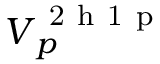
\boldsymbol { V } _ { p } ^ { \mathrm { ~ 2 ~ h ~ 1 ~ p ~ } }